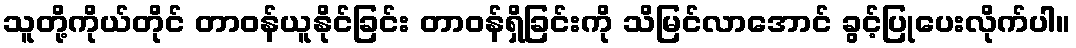
သူတို့ကိုယ်တိုင် တာဝန်ယူနိုင်ခြင်း တာဝန်ရှိခြင်းကို သိမြင်လာအောင် ခွင့်ပြုပေးလိုက်ပါ။